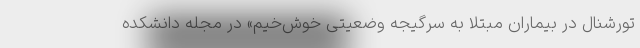
تورشنال در بیماران مبتلا به سرگیجه وضعیتی خوش‌خیم» در مجله دانشکده